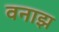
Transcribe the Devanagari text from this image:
वनाझ